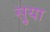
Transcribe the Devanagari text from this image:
सु्या